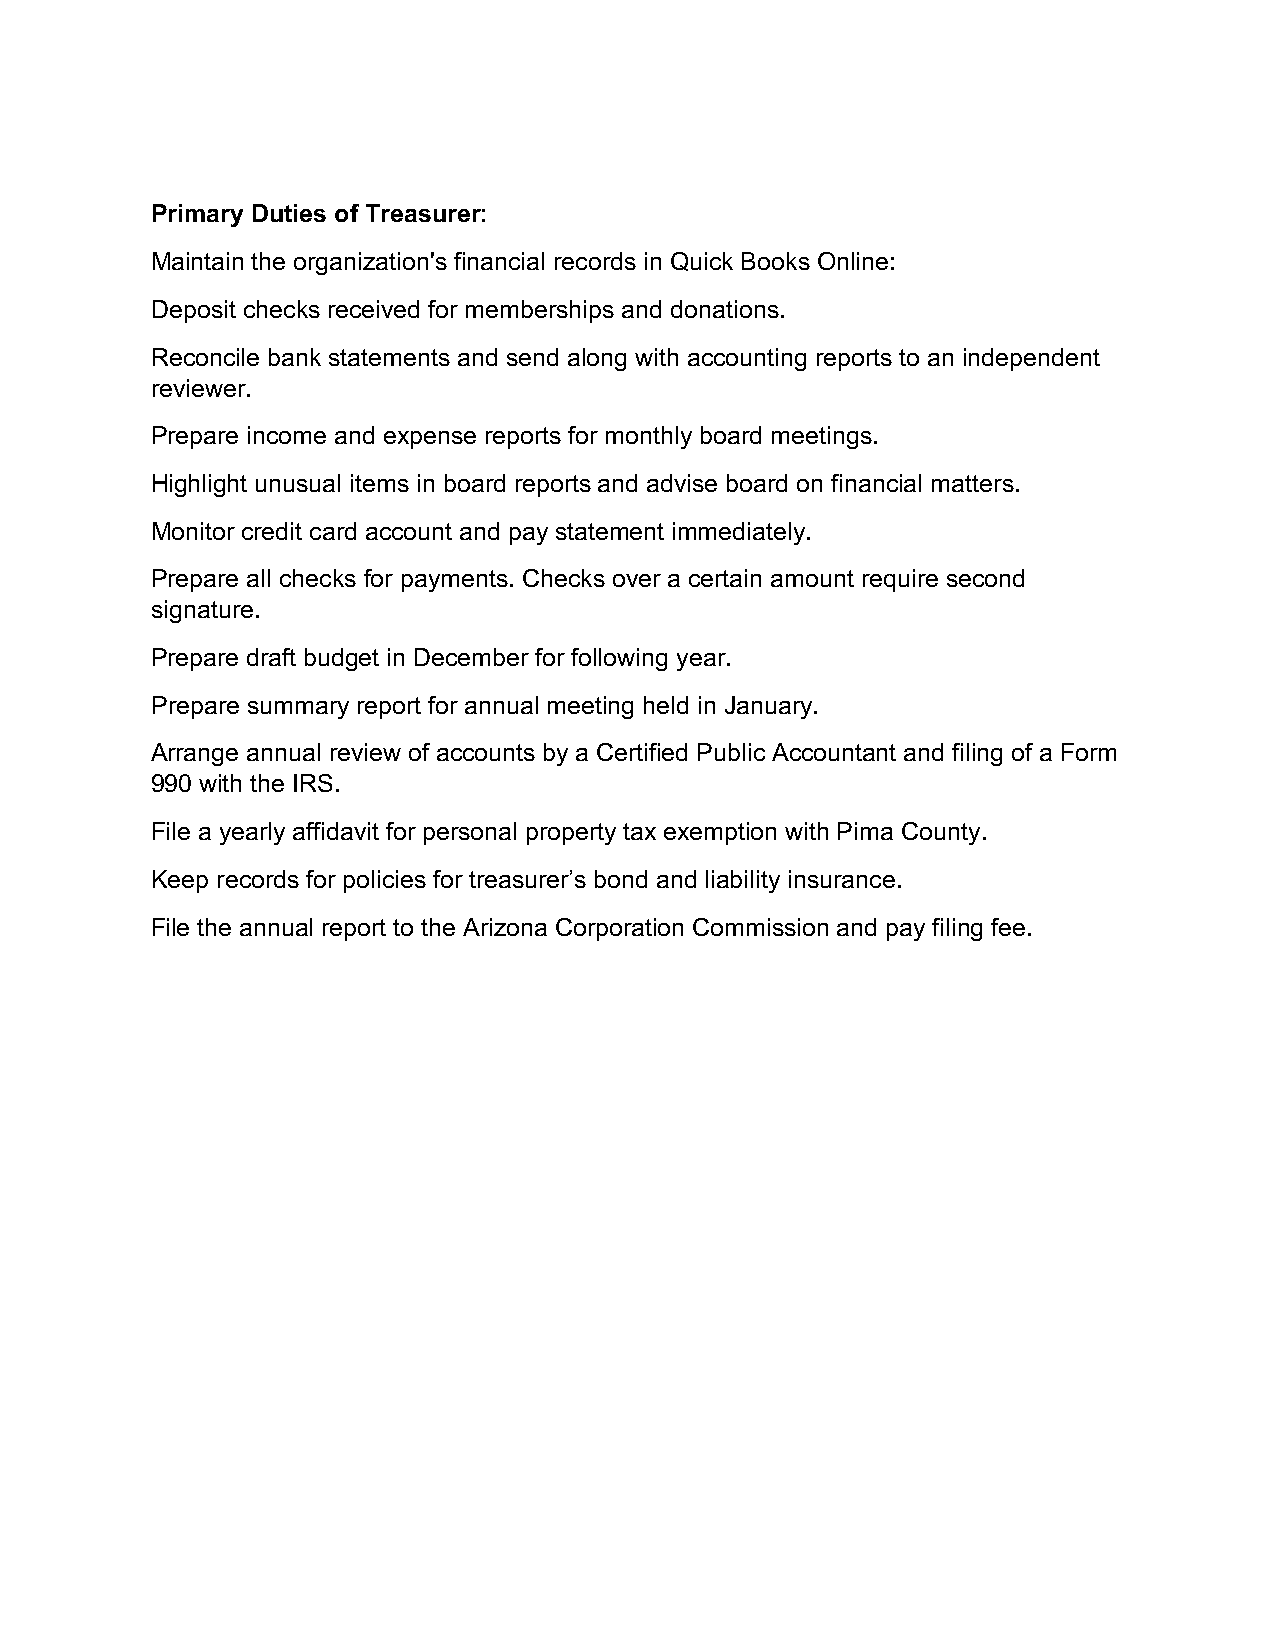
Primary Duties of Treasurer:
 Maintain the organization's financial records in Quick Books Online:
 Deposit checks received for memberships and donations.
 Reconcile bank statements and send along with accounting reports to an independent
 reviewer.
 Prepare income and expense reports for monthly board meetings.
 Highlight unusual items in board reports and advise board on financial matters.
 Monitor credit card account and pay statement immediately.
 Prepare all checks for payments. Checks over a certain amount require second
 signature.
 Prepare draft budget in December for following year.
 Prepare summary report for annual meeting held in January.
 Arrange annual review of accounts by a Certified Public Accountant and filing of a Form
 990 with the IRS.
 File a yearly affidavit for personal property tax exemption with Pima County.
 Keep records for policies for treasurer’s bond and liability insurance.
 File the annual report to the Arizona Corporation Commission and pay filing fee.